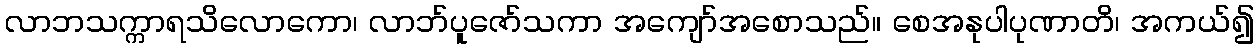
လာဘသက္ကာရသိလောကော၊ လာဘ်ပူဇော်သကာ အကျော်အစောသည်။ စေအနုပါပုဏာတိ၊ အကယ်၍